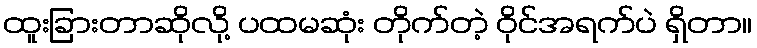
ထူးခြားတာဆိုလို့ ပထမဆုံး တိုက်တဲ့ ဝိုင်အရက်ပဲ ရှိတာ။